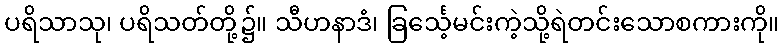
ပရိသာသု၊ ပရိသတ်တို့၌။ သီဟနာဒံ၊ ခြင်္သေ့မင်းကဲ့သို့ရဲတင်းသောစကားကို။